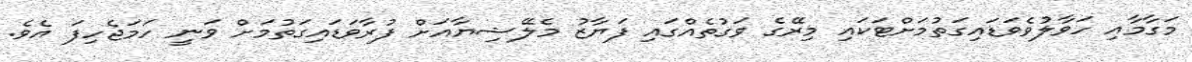
މަގާމާއި ހަވާލުވެވަޑައިގަތުމަށްޓަކައި މިރޭގެ ވަގުތެއްގައި ފަޔާޒު މެލޭޝިޔާއަށް ފުރާވަޑައިގަތުމަށް ވަނީ ހަމަޖެހިފަ އެވެ.